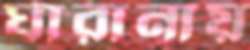
ঘারানায়